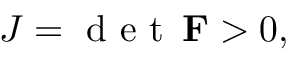
J = \mathrm { ~ d ~ e ~ t ~ } \, \mathbf { F } > 0 ,